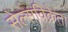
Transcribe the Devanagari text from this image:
सेल्सविक्रेता